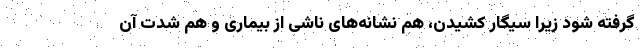
گرفته شود زیرا سیگار کشیدن، هم نشانه‌های ناشی از بیماری و هم شدت آن